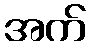
အက်